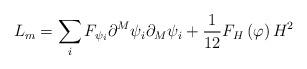
LaTeX: \begin{align*}L_m=\sum_iF_{\psi _i}\partial ^M\psi _i\partial _M\psi _i+\frac1{12}F_H\left( \varphi \right) H^2 \end{align*}